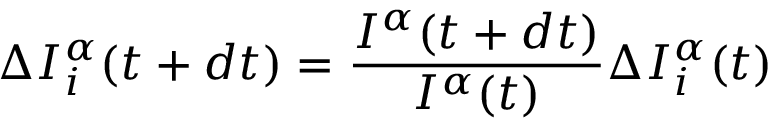
\Delta I _ { i } ^ { \alpha } ( t + d t ) = \frac { I ^ { \alpha } ( t + d t ) } { I ^ { \alpha } ( t ) } \Delta I _ { i } ^ { \alpha } ( t )